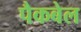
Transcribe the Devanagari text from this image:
पैकबेल